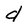
Character: d